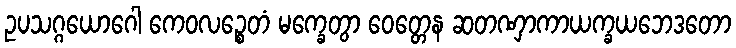
ဥပသဂ္ဂယောဂေါ ကေဝလဉ္စေတံ မက္ခေတွာ ဝေတ္တေန ဆတဏှာကာယက္ခယဘေဒတော